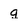
Character: q